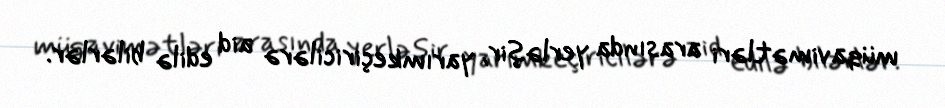
müqavimətləri arasında yerləşir, yarımkeçiricilərə aid edilə bilərlər.